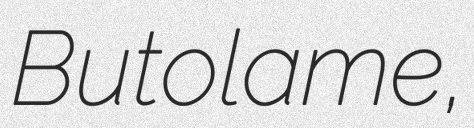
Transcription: Butolame,